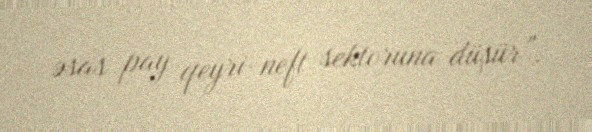
əsas pay qeyri-neft sektoruna düşür”.